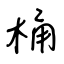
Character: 桶